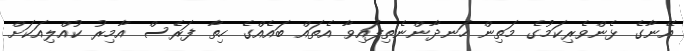
އޭނާގެ ޅެންވެރިކަމުގެ މަތިން ހަނދާންނެތިފައިވާ އެތައް ބައެއްގެ ހިތާ ފަރެސް އާމިރު ކުއްލިއަކަށް